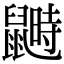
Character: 𪕵